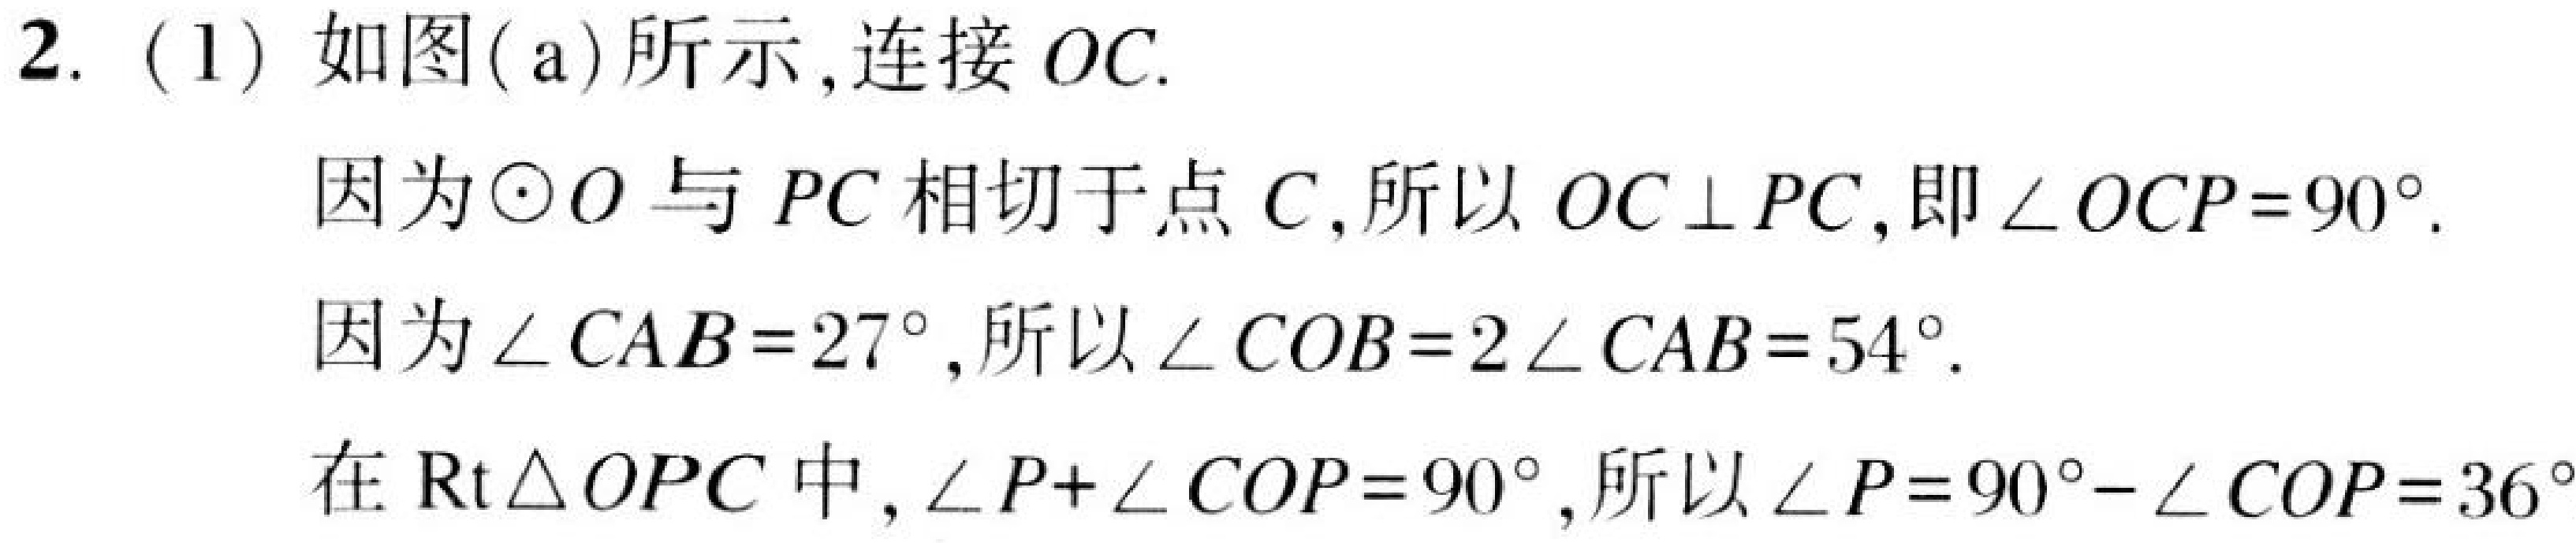
2. (1) 如图(a)所示, 连接 \(OC\).
因为\(\odot O\)与 \(PC\) 相切于点 \(C\), 所以 \(OC\perp PC\), 即\(\angle OCP = 90^{\circ}\).
因为\(\angle CAB = 27^{\circ}\), 所以\(\angle COB = 2\angle CAB = 54^{\circ}\).
在\(\text{Rt}\triangle OPC\)中, \(\angle P+\angle COP = 90^{\circ}\), 所以\(\angle P = 90^{\circ}-\angle COP = 36^{\circ}\)